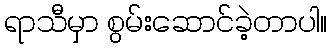
ရာသီမှာ စွမ်းဆောင်ခဲ့တာပါ။